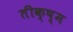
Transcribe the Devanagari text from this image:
तीक्ष्म